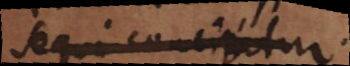
sequi concipitur.